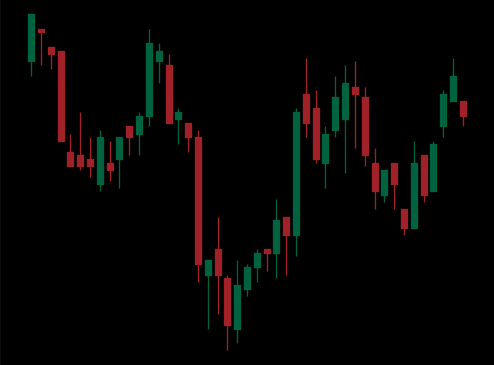
Pattern: inverse_head_shoulders